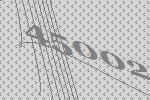
45002